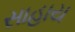
સાહાય